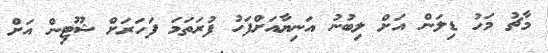
މާޗު މަހު ޑިލަން އަށް ލިބުނު އަނިޔާއަށްފަހު ފުރަތަމަ ފަހަރަށް ޝޫޓިން އަށް